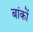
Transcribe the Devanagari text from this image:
बांकों